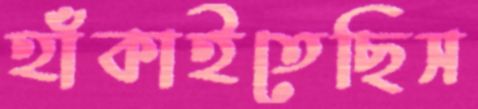
হাঁকাইতেছিস